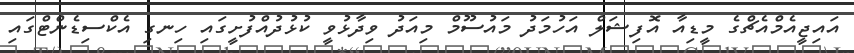
އައިޖީއެމްއެޗްގެ މީޑިއާ އޮފިޝަލް އަހުމަދު މައުސޫމް މިއަދު ވިދާޅުވީ ކުޅުދުއްފުށީގައި ހިނގި އެކްސިޑެންޓްގައި